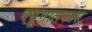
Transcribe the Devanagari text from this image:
क्यूनालफास